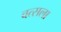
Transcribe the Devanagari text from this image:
वत्‍सला